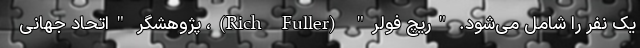
یک نفر را شامل می‌شود. "ریچ فولر" (Rich Fuller)، پژوهشگر "اتحاد جهانی